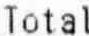
TOTAL